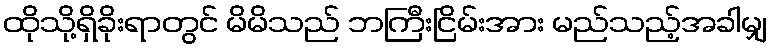
ထိုသို့ရှိခိုးရာတွင် မိမိသည် ဘကြီးငြိမ်းအား မည်သည့်အခါမျှ